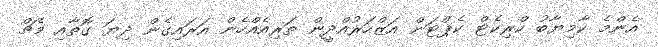
އެންމެ ކާމިޔާބު ކްރިކެޓް ކެޕްޓަން އަޒްހަރުއްދީން ތަރިއެއްހެން އަރައިގެން ދިޔަ ގޮތާއި މެޗް